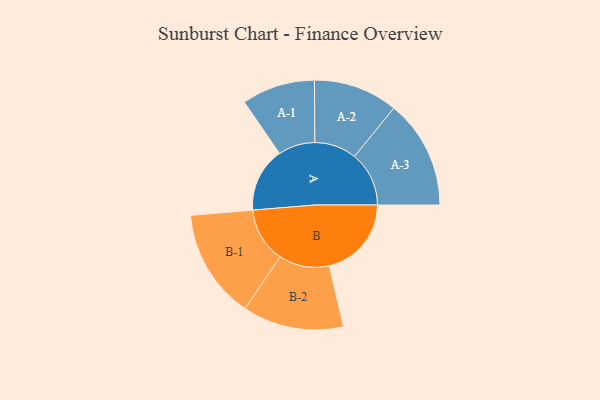
{"axis": {"x": "Segment", "y": "Value"}, "legend": ["", "A", "B"], "data": [{"x": "A", "y": 323, "type": ""}, {"x": "B", "y": 412, "type": ""}, {"x": "A-1", "y": 184, "type": "A"}, {"x": "A-2", "y": 211, "type": "A"}, {"x": "A-3", "y": 273, "type": "A"}, {"x": "B-1", "y": 275, "type": "B"}, {"x": "B-2", "y": 253, "type": "B"}]}